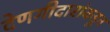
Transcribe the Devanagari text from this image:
देणगीदारांकडून